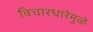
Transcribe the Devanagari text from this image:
विचारधारेमुळे